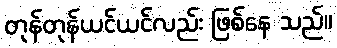
တုန်တုန်ယင်ယင်လည်း ဖြစ်နေ သည်။